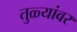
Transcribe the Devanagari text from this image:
तुळ्यांवर